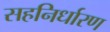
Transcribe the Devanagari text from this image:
सहनिर्धारण